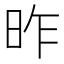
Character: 昨